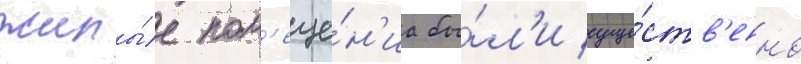
жилы́е пом'еще́н'иа бы́л'и суще́ств'енно